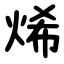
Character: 烯